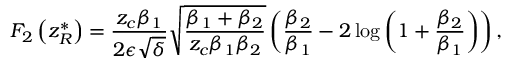
F _ { 2 } \left( z _ { R } ^ { * } \right) = \frac { z _ { c } \beta _ { 1 } } { 2 \epsilon \sqrt { \delta } } \sqrt { \frac { \beta _ { 1 } + \beta _ { 2 } } { z _ { c } \beta _ { 1 } \beta _ { 2 } } } \left( \frac { \beta _ { 2 } } { \beta _ { 1 } } - 2 \log { \left( 1 + \frac { \beta _ { 2 } } { \beta _ { 1 } } \right) } \right) ,